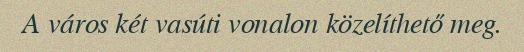
A város két vasúti vonalon közelíthető meg.